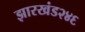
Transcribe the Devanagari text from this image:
झारखंड२४६